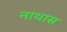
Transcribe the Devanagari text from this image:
नाथास